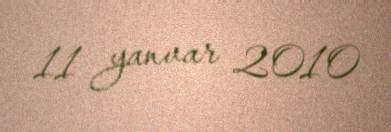
11 yanvar 2010